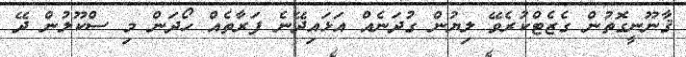
ޤާނޫނީގޮތުން ގެޒެޓްކުރެވޭ ލިޔުން ގުދަނެއް އަޅައިދޭނެ ފަރާތެއް ހޯދަން މި ސްކޫލުން ދޭ